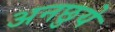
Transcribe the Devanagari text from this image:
अनछुये